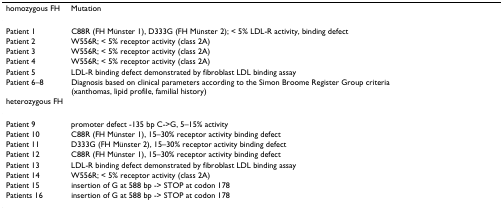
<table><thead><tr><td><b>homozygous FH</b></td><td><b>Mutation</b></td></tr></thead><tbody><tr><td>Patient 1</td><td>C88R (FH Münster 1), D333G (FH Münster 2); &lt; 5% LDL-R activity, binding defect</td></tr><tr><td>Patient 2</td><td>W556R; &lt; 5% receptor activity (class 2A)</td></tr><tr><td>Patient 3</td><td>W556R; &lt; 5% receptor activity (class 2A)</td></tr><tr><td>Patient 4</td><td>W556R; &lt; 5% receptor activity (class 2A)</td></tr><tr><td>Patient 5</td><td>LDL-R binding defect demonstrated by fibroblast LDL binding assay</td></tr><tr><td>Patient 6–8</td><td>Diagnosis based on clinical parameters according to the Simon Broome Register Group criteria (xanthomas, lipid profile, familial history)</td></tr><tr><td>heterozygous FH</td><td></td></tr><tr><td>Patient 9</td><td>promoter defect -135 bp C-&gt;G, 5–15% activity</td></tr><tr><td>Patient 10</td><td>C88R (FH Münster 1), 15–30% receptor activity binding defect</td></tr><tr><td>Patient 11</td><td>D333G (FH Münster 2), 15–30% receptor activity binding defect</td></tr><tr><td>Patient 12</td><td>C88R (FH Münster 1), 15–30% receptor activity binding defect</td></tr><tr><td>Patient 13</td><td>LDL-R binding defect demonstrated by fibroblast LDL binding assay</td></tr><tr><td>Patient 14</td><td>W556R; &lt; 5% receptor activity (class 2A)</td></tr><tr><td>Patient 15</td><td>insertion of G at 588 bp -&gt; STOP at codon 178</td></tr><tr><td>Patients 16</td><td>insertion of G at 588 bp -&gt; STOP at codon 178</td></tr></tbody></table>